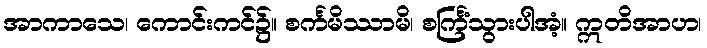
အာကာသေ၊ ကောင်းကင်၌။ စင်္ကမိဿာမိ၊ စင်္ကြံသွားပါအံ့။ ဣတိအာဟ၊